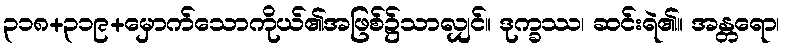
၃၁၈+၃၁၉+မှောက်သောကိုယ်၏အဖြစ်၌သာလျှင်။ ဒုက္ခဿ၊ ဆင်းရဲ၏။ အန္တရော၊